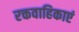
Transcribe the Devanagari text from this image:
रक्तवाहिकाएं